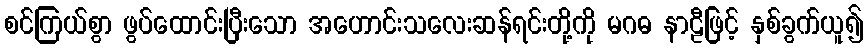
စင်ကြယ်စွာ ဖွပ်ထောင်းပြီးသော အဟောင်းသလေးဆန်ရင်းတို့ကို မဂဓ နာဠီဖြင့် နှစ်ခွက်ယူ၍